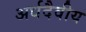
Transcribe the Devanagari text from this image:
अर्धदैवीय